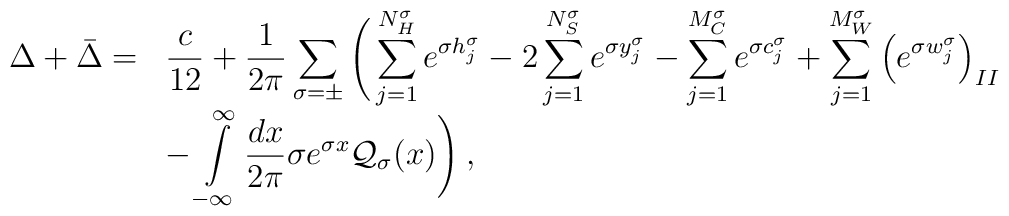
\begin{array}{rl}\displaystyle \Delta +\bar{\Delta }= & \displaystyle\frac{c}{12}+\displaystyle\frac{1}{2\pi }\displaystyle\sum _{\sigma =\pm }\Bigg (\displaystyle\sum ^{N^{\sigma }_{H}}_{j=1}e^{\sigma h^{\sigma }_{j}}-2\displaystyle\sum ^{N^{\sigma }_{S}}_{j=1}e^{\sigma y^{\sigma }_{j}}-\displaystyle\sum ^{M^{\sigma }_{C}}_{j=1}e^{\sigma c^{\sigma }_{j}}+\displaystyle\sum ^{M^{\sigma }_{W}}_{j=1}\left( e^{\sigma w_{j}^{\sigma }}\right) _{II}\\ & -\displaystyle\int\limits ^{\infty }_{-\infty }\displaystyle\frac{dx}{2\pi }\sigma e^{\sigma x}{\cal Q}_{\sigma }(x)\Bigg )\: ,\end{array}